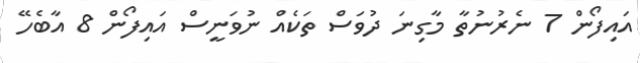
އައިފޯން 7 ނެރުނުތާ މާގިނަ ދުވަސް ތަކެއް ނުވަނީސް އައިފޯން 8 އާބެހޭ